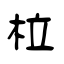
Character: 柆